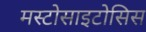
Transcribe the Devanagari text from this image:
मस्टोसाइटोसिस